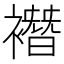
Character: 𧝆